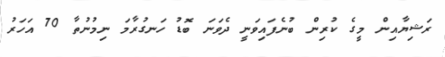
ރަޝިޔާއިން މީގެ ކުރިން ބުނެފައިވަނީ ދެވަނަ ބޮޑު ހަނގުރާމަ ނިމުނުތާ 70 އަހަރު